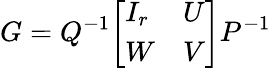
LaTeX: G=Q^{-1}{\left[\begin{array}{ll}{I_{r}}&{U}\\ {W}&{V}\end{array}\right]}P^{-1}